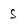
Character: s